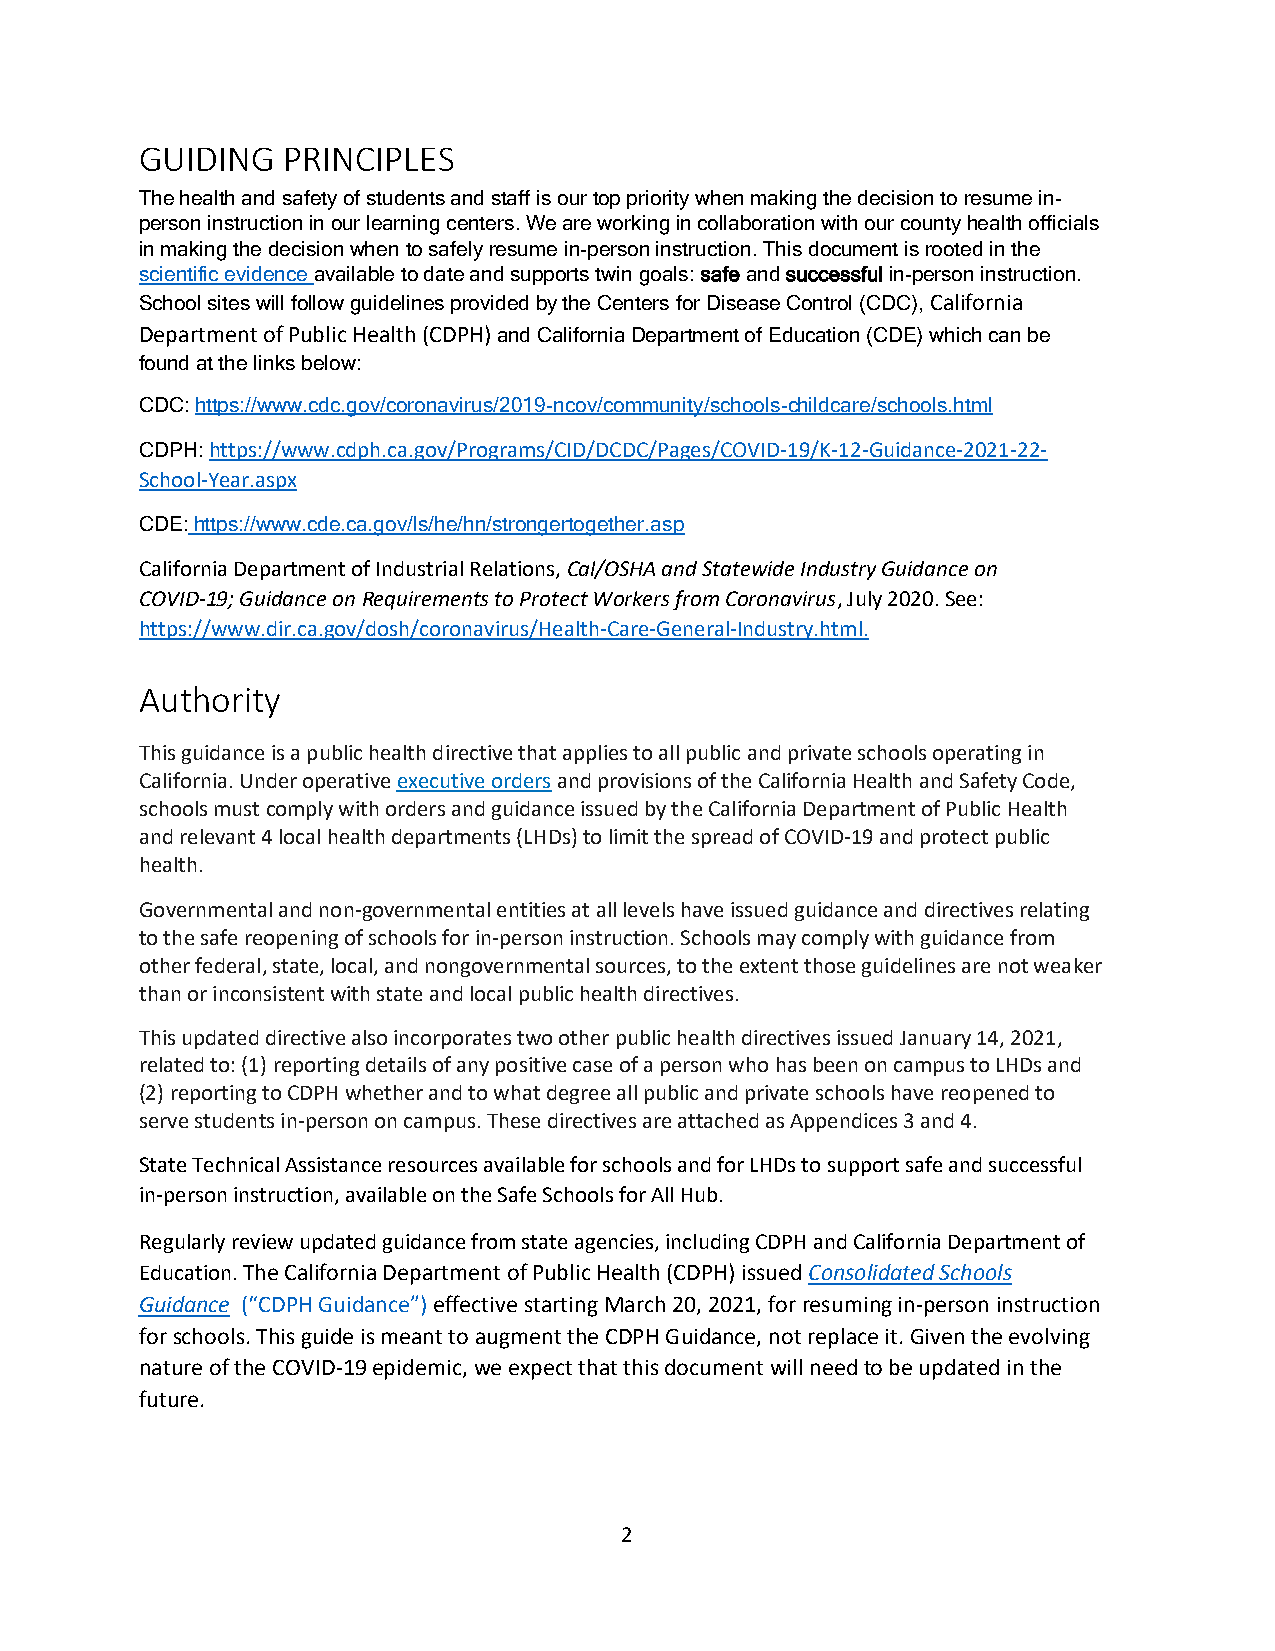
GUIDING   PRINCIPLES
 The health and safety of students and staff is our top priority when making the decision to resume in-
 person instruction in our learning centers. We are working in collaboration with our county health officials
 in making the decision when to safely resume in-person instruction. This document is rooted in the
 scientific evidence available to date and supports twin goals: safe and successful in-person instruction.
 School sites will follow guidelines provided by the Centers for Disease Control (CDC), California
 Department of Public Health (CDPH) and California Department of Education (CDE) which can be
 found at the links below:
 CDC: https://www.cdc.gov/coronavirus/2019-ncov/community/schools-childcare/schools.html
 CDPH: https://www.cdph.ca.gov/Programs/CID/DCDC/Pages/COVID-19/K-12-Guidance-2021-22-
 School-Year.aspx
 CDE: https://www.cde.ca.gov/ls/he/hn/strongertogether.asp
 California Department of Industrial Relations, Cal/OSHA and Statewide Industry Guidance on
 COVID-19; Guidance on Requirements to Protect Workers from Coronavirus, July 2020. See:
 https://www.dir.ca.gov/dosh/coronavirus/Health-Care-General-Industry.html.
 Authority
 This guidance is a public health directive that applies to all public and private schools operating in
 California. Under operative executive orders and provisions of the California Health and Safety Code,
 schools must comply with orders and guidance issued by the California Department of Public Health
 and relevant 4 local health departments (LHDs) to limit the spread of COVID-19 and protect public
 health.
 Governmental and non-governmental entities at all levels have issued guidance and directives relating
 to the safe reopening of schools for in-person instruction. Schools may comply with guidance from
 other federal, state, local, and nongovernmental sources, to the extent those guidelines are not weaker
 than or inconsistent with state and local public health directives.
 This updated directive also incorporates two other public health directives issued January 14, 2021,
 related to: (1) reporting details of any positive case of a person who has been on campus to LHDs and
 (2) reporting to CDPH whether and to what degree all public and private schools have reopened to
 serve students in-person on campus. These directives are attached as Appendices 3 and 4.
 State Technical Assistance resources available for schools and for LHDs to support safe and successful
 in-person instruction, available on the Safe Schools for All Hub.
 Regularly review updated guidance from state agencies, including CDPH and California Department of
 Education. The California Department of Public Health (CDPH) issued Consolidated Schools
 Guidance (“CDPH Guidance”) effective starting March 20, 2021, for resuming in-person instruction
 for schools. This guide is meant to augment the CDPH Guidance, not replace it. Given the evolving
 nature of the COVID-19 epidemic, we expect that this document will need to be updated in the
 future.
 2